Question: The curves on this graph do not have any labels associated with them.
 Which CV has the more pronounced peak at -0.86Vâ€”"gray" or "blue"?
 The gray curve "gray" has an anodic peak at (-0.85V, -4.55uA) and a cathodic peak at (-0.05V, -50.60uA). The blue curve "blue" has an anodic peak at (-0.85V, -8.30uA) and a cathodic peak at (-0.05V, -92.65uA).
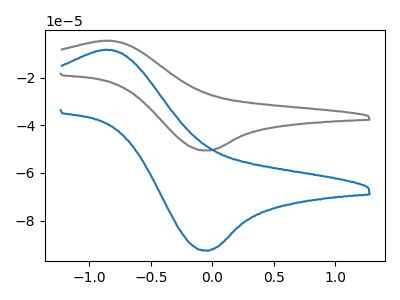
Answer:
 <answer>The peak at -0.86V is higher in "gray" than in "blue".</answer>
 <eval>higher</eval>